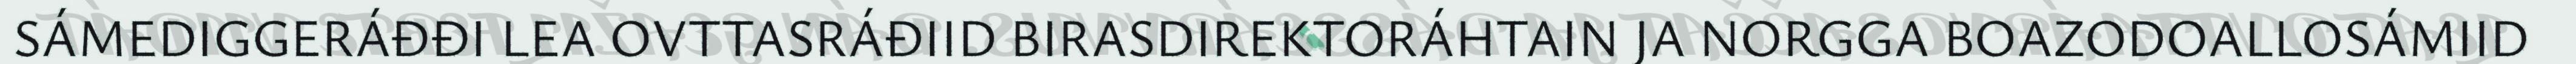
SÁMEDIGGERÁĐĐI LEA OVTTASRÁĐIID BIRASDIREKTORÁHTAIN JA NORGGA BOAZODOALLOSÁMIID